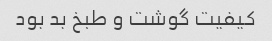
کیفیت گوشت و طبخ بد بود